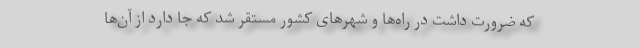
که ضرورت داشت در راه‌ها و شهر‌های کشور مستقر شد که جا دارد از آن‌ها